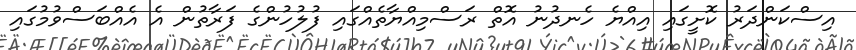
އިސްކަންދަރު ކޮށީގައި އިއްޔެ ހެނދުނު އޮތް ރަސްމިއްޔާތެއްގައި ފުލުހުންގެ ފަރާތުން އެ އެއްބަސްވުމުގައި